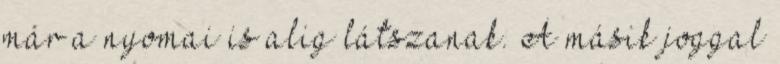
már a nyomai is alig látszanak. A másik joggal